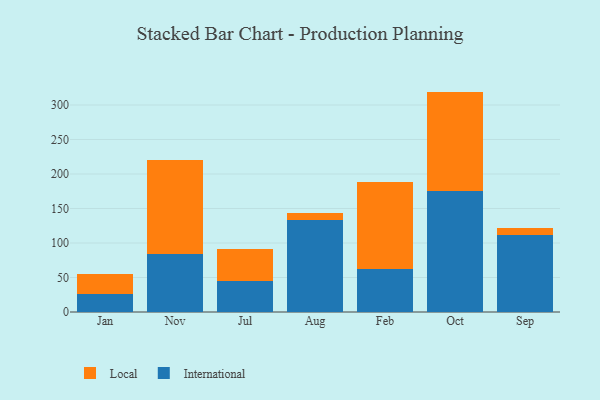
{"axis": {"x": "Month", "y": "Backlog"}, "legend": ["International", "Local"], "data": [{"x": "Jan", "y": 25.4, "type": "International"}, {"x": "Jan", "y": 30.2, "type": "Local"}, {"x": "Nov", "y": 84.5, "type": "International"}, {"x": "Nov", "y": 135.8, "type": "Local"}, {"x": "Jul", "y": 44.3, "type": "International"}, {"x": "Jul", "y": 47.7, "type": "Local"}, {"x": "Aug", "y": 133.7, "type": "International"}, {"x": "Aug", "y": 9.2, "type": "Local"}, {"x": "Feb", "y": 61.6, "type": "International"}, {"x": "Feb", "y": 127.5, "type": "Local"}, {"x": "Oct", "y": 175.1, "type": "International"}, {"x": "Oct", "y": 144.3, "type": "Local"}, {"x": "Sep", "y": 111.1, "type": "International"}, {"x": "Sep", "y": 10.5, "type": "Local"}]}